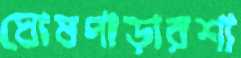
ঘোষপাড়ারশা